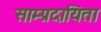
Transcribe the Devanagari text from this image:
साम्प्रदायिता